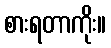
စားရတာကိုး။